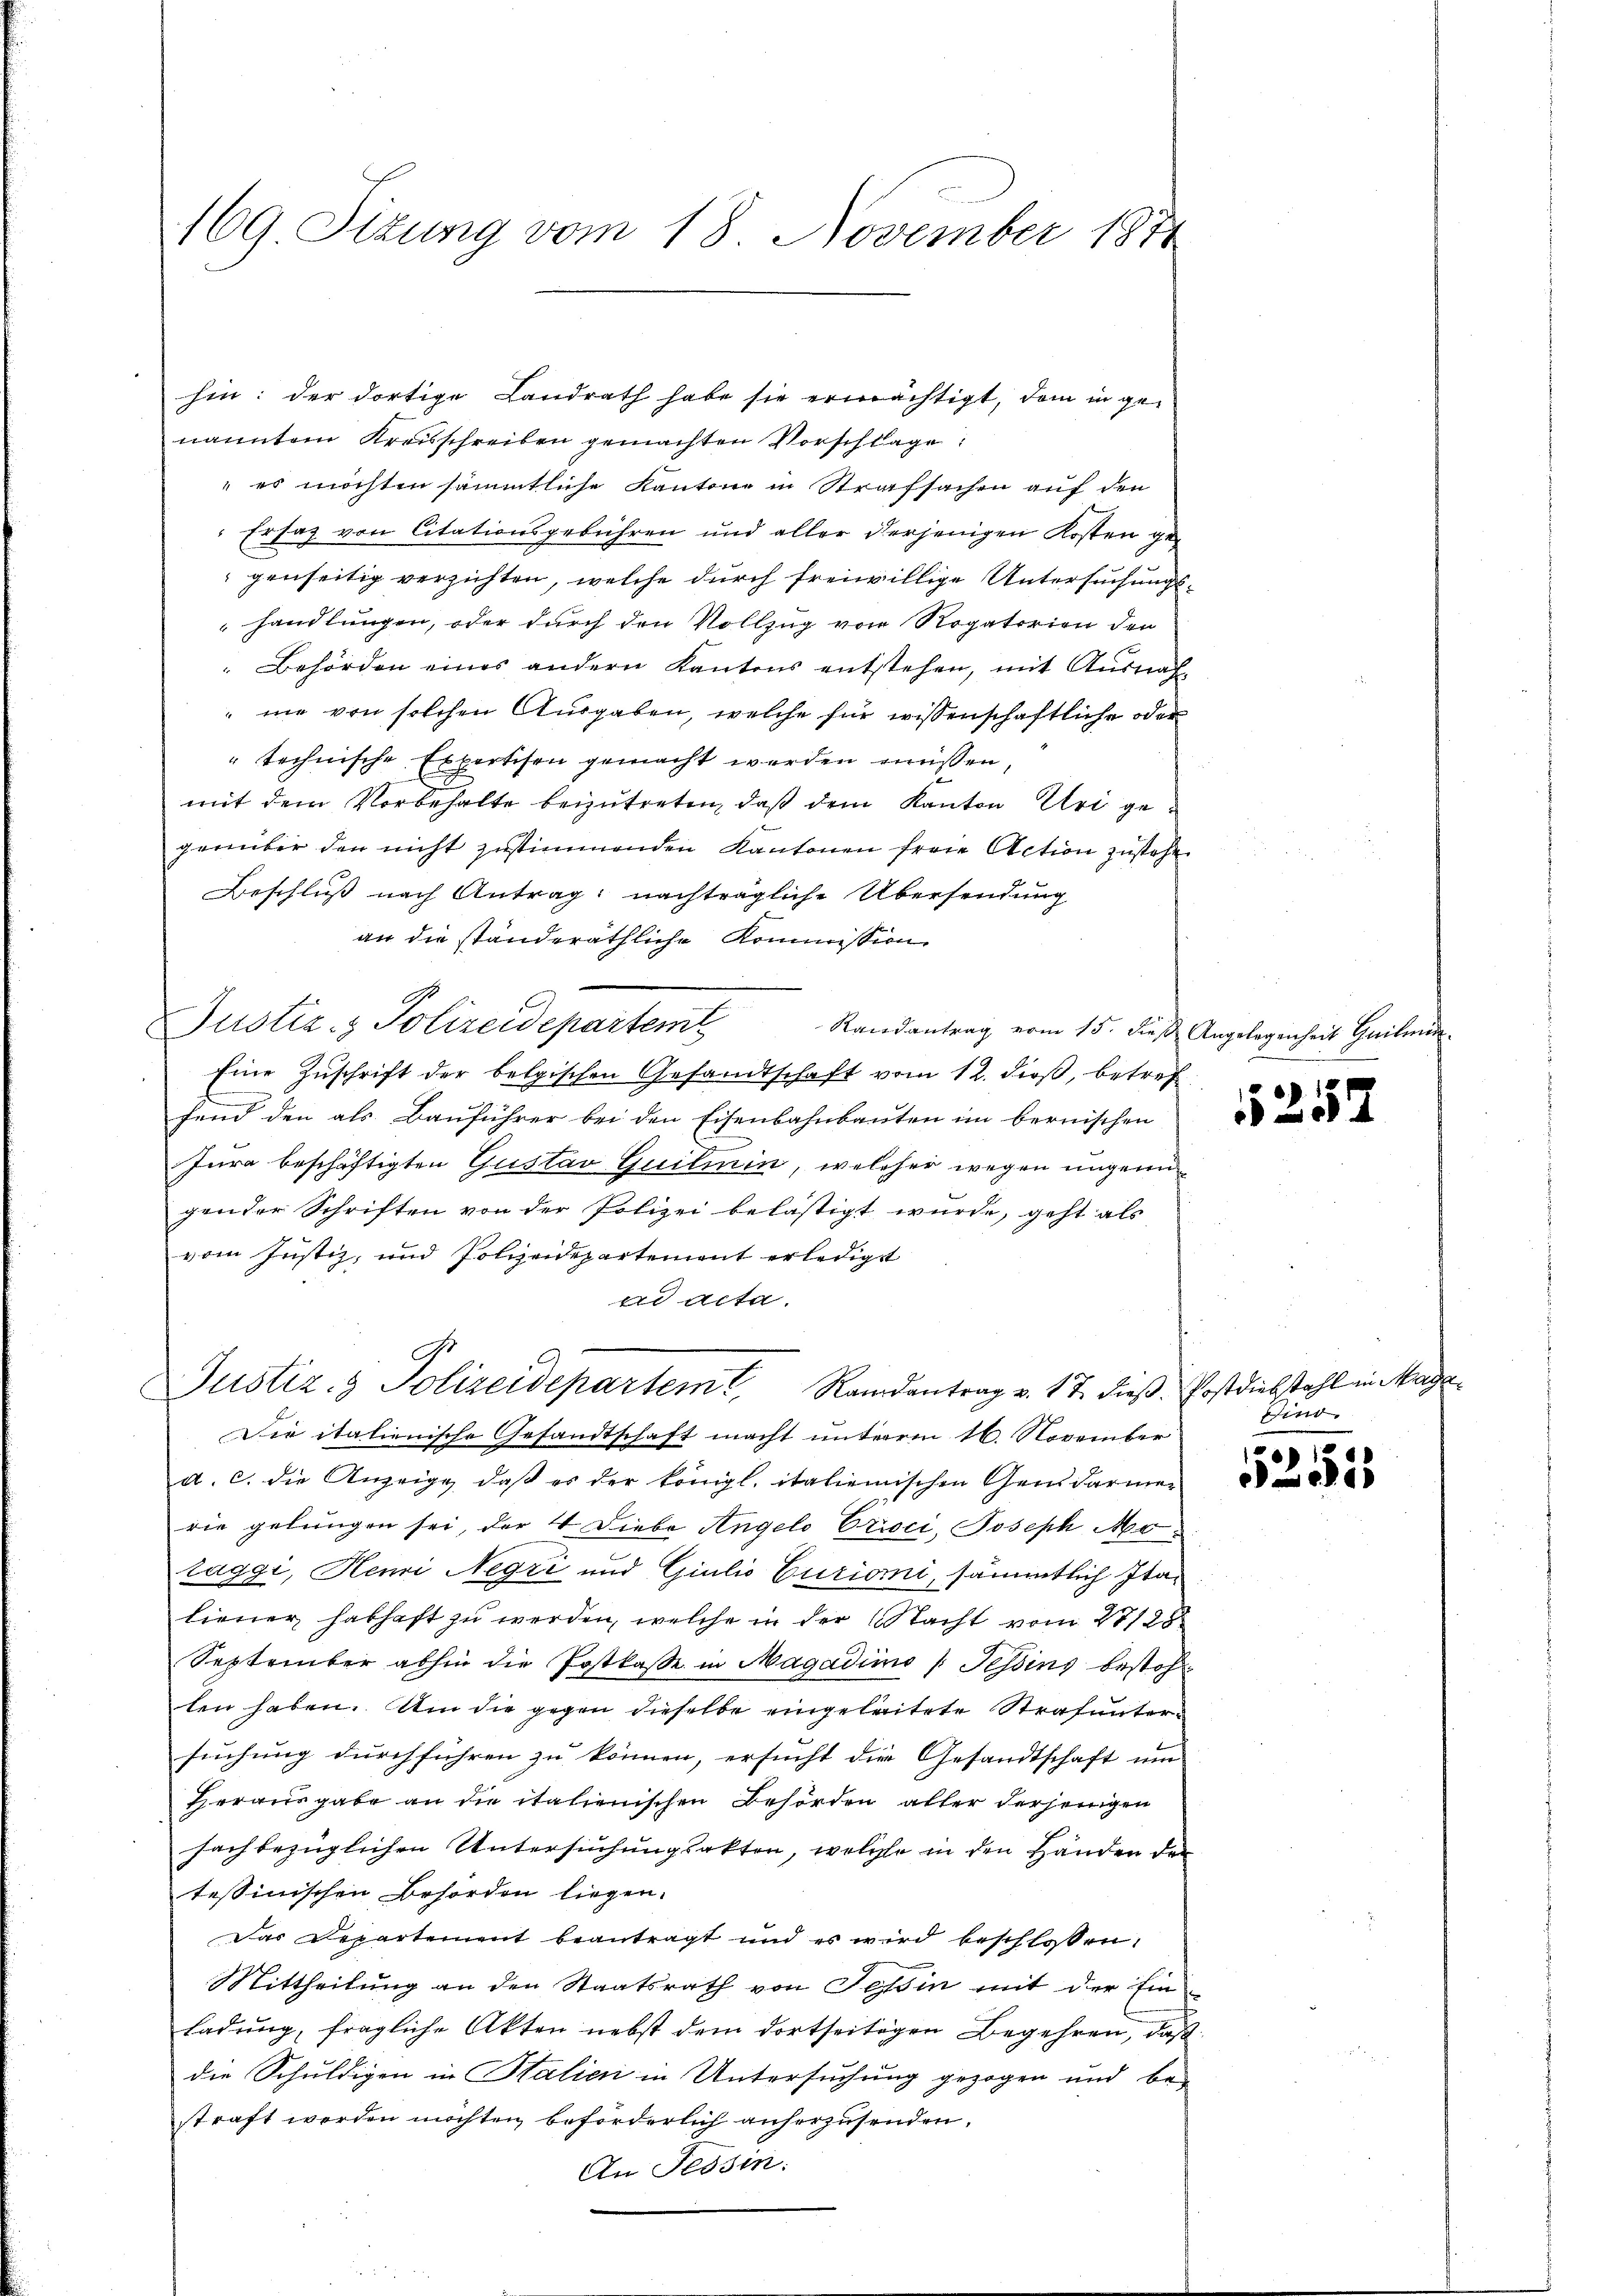
169. Stzung vom 18. November 1871

hin: der dortige Landrath habe sie ermächtigt, dem in genannten Kreisschreiben gemachten Vorschläge:
 es möchten sämmtliche Kantone in Strafsachen auf den
Ersatz von Citationsgebühren und aller derjenigen Kosten gegenseitig verzichten, welche durch freiwillige Untersuchungshandlungen, oder durch den Vollzug von Rogatorien der
Behörden eines andern Kantons entstehen, mit Ausnach-
" nie von solchen Ausgaben, welche für wissenschaftliche oder
" technische Expertison gemacht werden wissen,
mit dem Vorbehalte beizutreten, daß dem Kanton Uri gegenüber den nicht zustimmenden Kantonen freie Action zustehen
Beschluß nach Antrag: nachträgliche Übersendung
an die ständeräthliche Kommission
Randantrag vom 15. dieß Angelegenheit Quilein
Eine Zuschrift der belgischen Gesandtschaft vom 12. dieß, betref
fend den als Bauführer bei den Eisenbahnbauten im bernischen
Jura beschäftigten Gustav Guilmin, welcher wegen ungenügender Schriften von der Polizei belästigt wurde, geht als
vom Justiz, und Polizeidepartement erledigt
ad acta.
Justiz- & Polizeidepartem Randantrag v. 17. dieß. Postdiebstahl in Mage
Die italienische Gesandtschaft macht unterm 16. November
a. c. die Anzeige, daβ es der königl. italienischen Gendarmer
rie gelungen sei, der 4 Liebe Angelo Erici, Joseph Motaggi, Henri Negri und Giulio Curiomi, sämmtlich Italiener habhaft zu werden, welche in der Nacht vom 28/28
September abhin die Postkasse in Magadimo (Tessins bestohl
ten haben. Um die gegen dieselbe eingeleitete Strafuntersuchung durchführen zu können, ersucht die Gesandtschaft um
Herausgabe an die italienischen Behörden aller derjenigen
fsachbezüglichen Untersuchungsakten, welche in den Händen der
tessinischen Behörden liegen.
Das Departement beantragt und es wird beschlossen:
Mittheilung an den Staatsrath von Tessin mit der Ein
ladung, fragliche Akten nebst dem dortseitigen Begehren, daß
die Schuldigen in Stalien in Untersuchung gezogen und be-
straft werden möchten beförderlich anherzusenden.
An Tessin:

Justiz- & Polizeidepartemt

1525

Find
e

2555